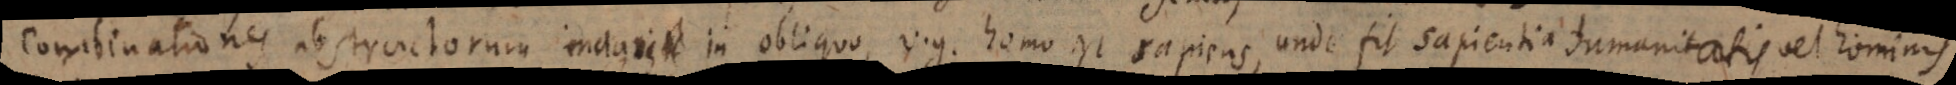
Combinationes abstractorum magis in obliquo, v.g. homo est sapiens, unde fit sapientia humanitatis vel hominis.